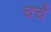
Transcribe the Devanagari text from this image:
चर्चें